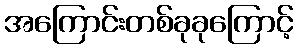
အကြောင်းတစ်ခုခုကြောင့်